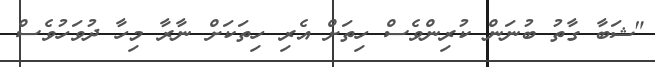
"ޝަބާ ގާތު ބުނަން ކުރިންވެސް ހިތަށް އެރި ހިތަކަށް ނާރާ މިހާ ދުވަހުވެސް